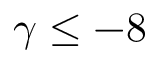
\gamma \le - 8